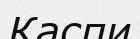
Каспи